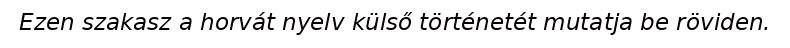
Ezen szakasz a horvát nyelv külső történetét mutatja be röviden.